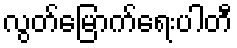
လွတ်မြောက်ရေးပါတီ